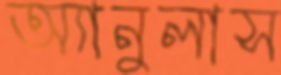
অ্যানুলাস